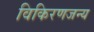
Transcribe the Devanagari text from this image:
विकिरणजन्य